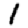
Digit: 1